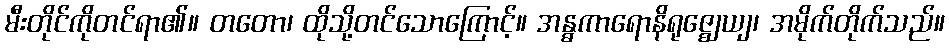
မီးတိုင်ကိုတင်ရာ၏။ တတော၊ ထိုသို့တင်သောကြောင့်။ အန္ဓကာရောနိရုဇ္ဈေယျ၊ အမိုက်တိုက်သည်။